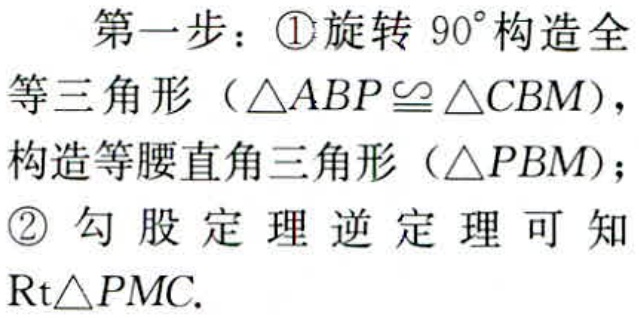
第一步：\textcircled{1}旋转 \(90^{\circ}\)构造全
等三角形（\(\triangle ABP\cong\triangle CBM\)），
构造等腰直角三角形（\(\triangle PBM\)）；
\textcircled{2} 勾股定理逆定理可知
\(Rt\triangle PMC\).